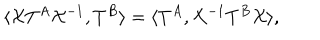
LaTeX: \langle { \cal X } T ^ { A } { \cal X } ^ { - 1 } , T ^ { B } \rangle = \langle T ^ { A } , { \cal X } ^ { - 1 } T ^ { B } { \cal X } \rangle ,